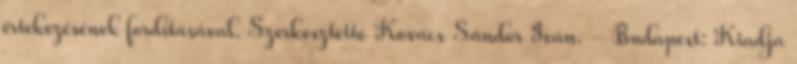
értekezésének fordításával. Szerkesztette Kovács Sándor Iván. – Budapest: Kiadja